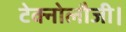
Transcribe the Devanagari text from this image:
टेक्नोलौजी।